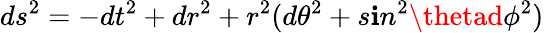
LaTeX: ds^{2}=-dt^{2}+dr^{2}+r^{2}(d\theta^{2}+s\mathbf{i}n^{2}\thetad\phi^{2})